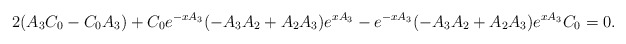
\begin{align*}2(A_{3}C_{0}-C_{0}A_{3})+C_{0}e^{-xA_{3}}(-A_{3}A_{2}+A_{2}A_{3})e^{xA_{3}}-e^{-xA_{3}}(-A_{3}A_{2}+A_{2}A_{3})e^{xA_{3}}C_{0}=0.\end{align*}